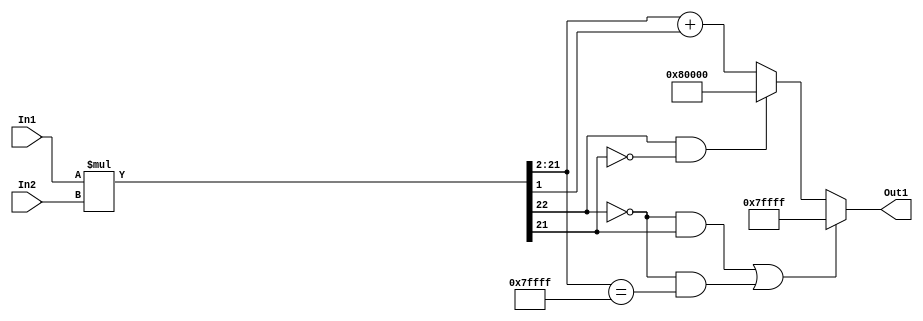
// -------------------------------------------------------------
// 
// 
// Generated by MATLAB 9.14 and HDL Coder 4.1
// 
// -------------------------------------------------------------


// -------------------------------------------------------------
// 
// Module: multb6
// Source Path: FP_sub/fp model/FIR_section_1/multb6
// Hierarchy Level: 2
// 
// -------------------------------------------------------------

`timescale 1 ns / 1 ns

module multb6
          (In2,
           In1,
           Out1);


  input   signed [11:0] In2;  // sfix12_En11
  input   signed [10:0] In1;  // sfix11_En3
  output  signed [19:0] Out1;  // sfix20_En12


  wire signed [22:0] multb6_mul_temp;  // sfix23_En14
  wire signed [19:0] multb6_out1;  // sfix20_En12


  assign multb6_mul_temp = In1 * In2;
  assign multb6_out1 = (((multb6_mul_temp[22] == 1'b0) && (multb6_mul_temp[21] != 1'b0)) || ((multb6_mul_temp[22] == 1'b0) && (multb6_mul_temp[21:2] == 20'sb01111111111111111111)) ? 20'sb01111111111111111111 :
              ((multb6_mul_temp[22] == 1'b1) && (multb6_mul_temp[21] != 1'b1) ? 20'sb10000000000000000000 :
              multb6_mul_temp[21:2] + $signed({1'b0, multb6_mul_temp[1]})));



  assign Out1 = multb6_out1;

endmodule  // multb6